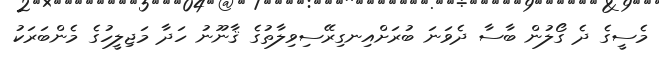
މެސީގެ ދެ ގޯލުން ބާސާ ދެވަނަ ބުރަށްއިނގިރޭސިވިލާތުގެ ޤާނޫނު ހަދާ މަޖިލީހުގެ މެންބަރަކު